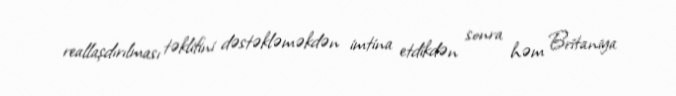
reallaşdırılması təklifini dəstəkləməkdən imtina etdikdən sonra həm Britaniya